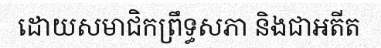
ដោយសមាជិកព្រឹទ្ធសភា និងជាអតីត